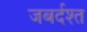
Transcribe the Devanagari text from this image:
जबर्दश्त